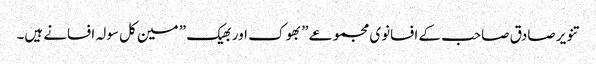
تنویر صادق صاحب کے افسانوی مجموعے ” بھوک اور بھیک ” مین کل سولہ افسانے ہیں۔